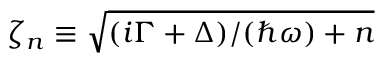
\zeta _ { n } \equiv \sqrt { ( i \Gamma + \Delta ) / ( \hbar \omega ) + n }